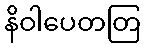
နိဝါပေတတြ